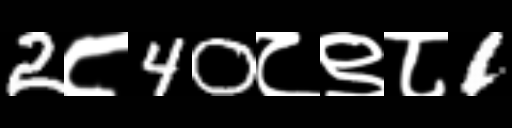
Text: 2८40८९८1